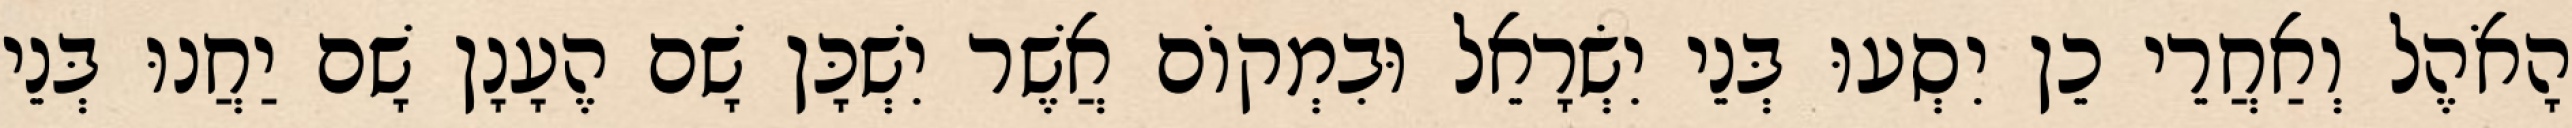
הָאֹהֶל וְאַחֲרֵי כֵן יִסְעוּ בְּנֵי יִשְׂרָאֵל וּבִמְקוֹם אֲשֶׁר יִשְׁכָּן שָׁם הֶעָנָן שָׁם יַחֲנוּ בְּנֵי